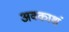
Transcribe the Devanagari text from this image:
अवकाशं